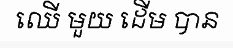
ឈើ មួយ ដើម បាន